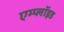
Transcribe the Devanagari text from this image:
एम्प्लॉइड